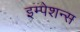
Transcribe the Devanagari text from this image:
इम्पेशन्स